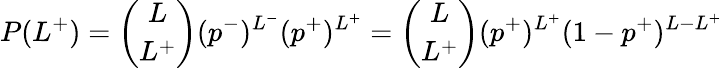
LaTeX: P(L^{+})=\binom{L}{L^{+}}(p^{-})^{L^{-}}(p^{+})^{L^{+}}=\binom{L}{L^{+}}(p^{+})^{L^{+}}(1-p^{+})^{L-L^{+}}